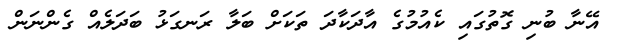
އޭނާ ބުނި ގޮތުގައި ކެއުމުގެ އާދަކާދަ ތަކަށް ބަލާ ރަނގަޅު ބަދަލެއް ގެންނަން